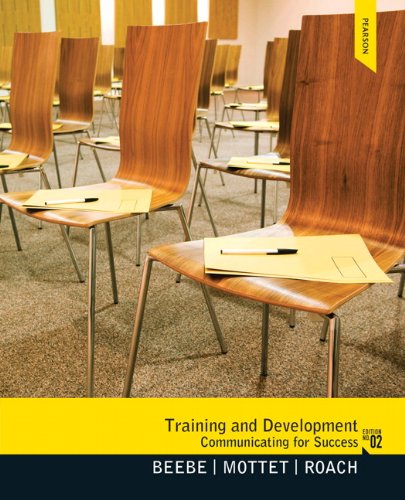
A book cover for Training & Development: Communicating for Success; Steven A. Beebe; Humor & Entertainment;